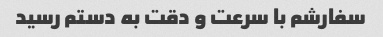
سفارشم با سرعت و دقت به دستم رسید